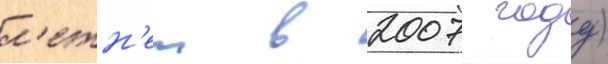
л'етн'еи в 2007 году)